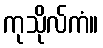
ကုသိုလ်ကံ။